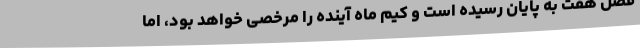
فصل هفت به پایان رسیده است و کیم ماه آینده را مرخصی خواهد بود، اما